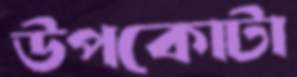
উপকোটা